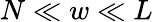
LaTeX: N\ll w\ll L